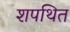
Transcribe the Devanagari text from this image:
शपथित